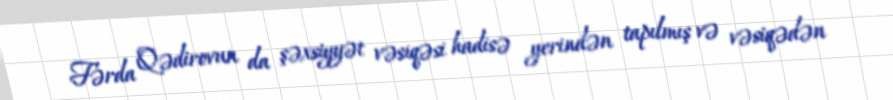
Fərda Qədirovun da şəxsiyyət vəsiqəsi hadisə yerindən tapılmış və vəsiqədən